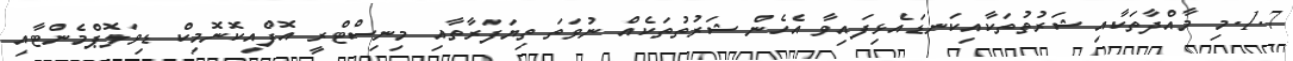
1.7.މި މާއްދާތަކާއި ޝަރުތުތަކާއިކަނޑައެޅިފައިވާ އެހެން ޝަރުތުތަކެއް ނުވަތަ ތިޔަފަރާތާއި މިނިސްޓްރީ އޮފްއިކޮނޮމިކް ޑިވަލޮޕްމެންޓާއި